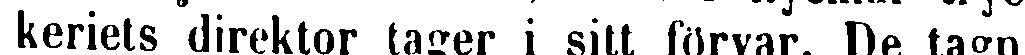
keriets direktor tager i sitt förvar. De tagn